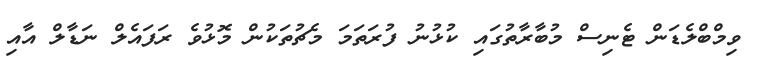
ވިމްބްލެޑަން ޓެނިސް މުބާރާތުގައި ކުޅުނު ފުރަތަމަ މެޗުތަކުން މޮޅުވެ ރަފައެލް ނަޑާލް އާއި